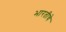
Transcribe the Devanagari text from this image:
भारतीचे